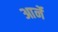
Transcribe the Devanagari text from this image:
आर्ने